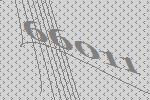
66011